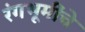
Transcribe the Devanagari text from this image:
रंगभूमींचे